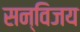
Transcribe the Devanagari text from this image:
सन्विजय